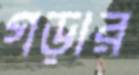
গড়ার